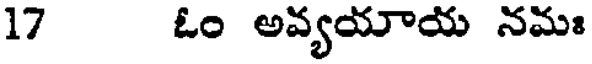
17 ఓం అవ్యయాయ నమః